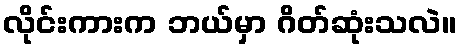
လိုင်းကားက ဘယ်မှာ ဂိတ်ဆုံးသလဲ။